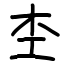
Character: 杢